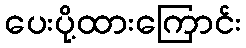
ပေးပို့ထားကြောင်း